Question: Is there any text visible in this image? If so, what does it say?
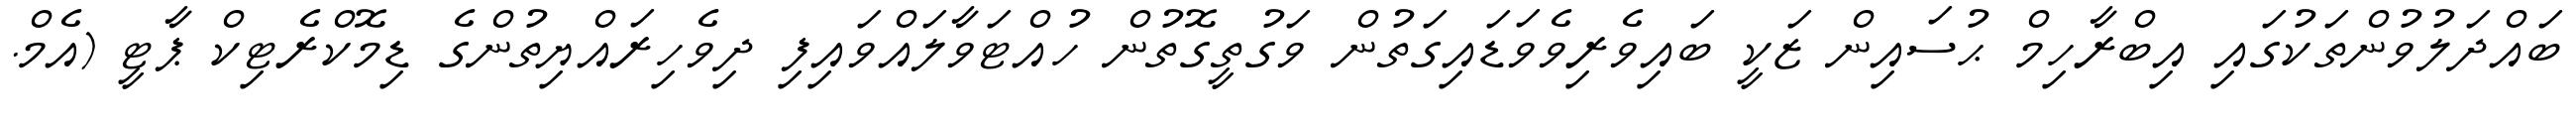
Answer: ބައްދަލުވުންތަކުގައި އިބްރާހިމް ޙުސައިން ޒަކީ ބައިވެރިވެވަޑައިގަތުން ވަގުތީގޮތުން ހުއްޓަވާލައްވައިފި ދިވެހިރައްޔިތުންގެ ޑިމޮކްރެޓިކް ޕާޓީ (އެމް.